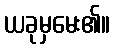
ယခုမှမေး၏။